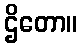
ဌိတော။